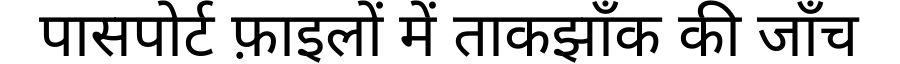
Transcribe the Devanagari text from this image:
पासपोर्ट फ़ाइलों में ताकझाँक की जाँच